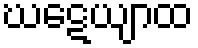
ဃဋေယျာထ